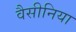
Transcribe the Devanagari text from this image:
वैसीनिया